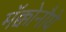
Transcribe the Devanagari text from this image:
मॅक्कोनौघे